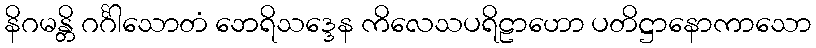
နိဂမန္တိ ဂင်္ဂါသောတံ ဘေရိသဒ္ဒေန ကိလေသပရိဠာဟော ပတိဋ္ဌာနောကာသော